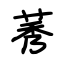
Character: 莠